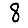
Digit: 8